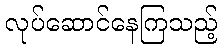
လုပ်ဆောင်နေကြသည့်